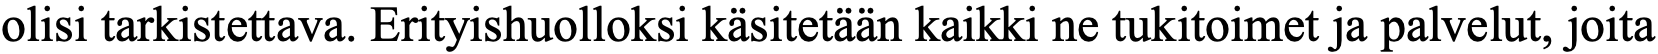
olisi tarkistettava. Erityishuolloksi käsitetään kaikki ne tukitoimet ja palvelut, joita